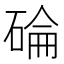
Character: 碖